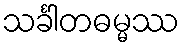
သင်္ခါတဓမ္မဿ